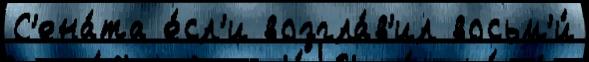
С'ена́та е́сл'и возгла́в'ил восьм'и́